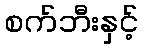
စက်ဘီးနှင့်